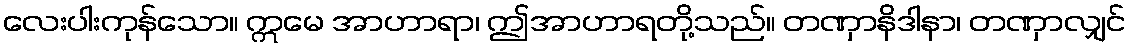
လေးပါးကုန်သော။ ဣမေ အာဟာရာ၊ ဤအာဟာရတို့သည်။ တဏှာနိဒါနာ၊ တဏှာလျှင်